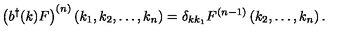
\left( b ^ { \dagger } ( k ) F \right) ^ { ( n ) } \left( k _ { 1 } , k _ { 2 } , \ldots , k _ { n } \right) = \delta _ { k k _ { 1 } } F ^ { ( n - 1 ) } \left( k _ { 2 } , \ldots , k _ { n } \right) .